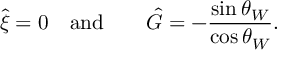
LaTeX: \hat { \xi } = 0 \quad \mathrm { a n d } \qquad \hat { G } = - \frac { \sin \theta _ { W } } { \cos \theta _ { W } } .